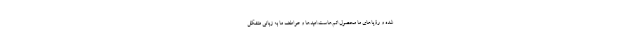
شده و رؤیاهای ما محصول اتم‌هاست.امید‌ها و عواطف ما به زبانی متشکل